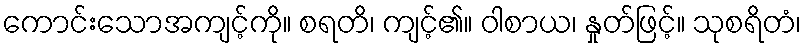
ကောင်းသောအကျင့်ကို။ စရတိ၊ ကျင့်၏။ ဝါစာယ၊ နှုတ်ဖြင့်။ သုစရိတံ၊